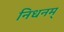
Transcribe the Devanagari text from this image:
निधनम्